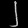
Digit: ၂